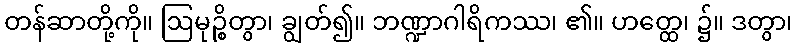
တန်ဆာတို့ကို။ ဩမုဉ္စိတွာ၊ ချွတ်၍။ ဘဏ္ဍာဂါရိကဿ၊ ၏။ ဟတ္ထေ၊ ၌။ ဒတွာ၊